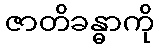
ဇာတိခန္ဓာကို